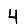
Digit: 4